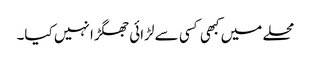
محلے میں کبھی کسی سے لڑائی جھگڑا نہیں کیا۔